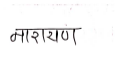
मजकूर: नारायण